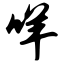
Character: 咩